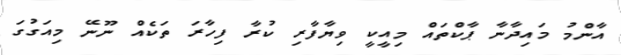
އާންމު މައިދާނާ ޕާކްތައް މިއީކީ ވިޔާފާރި ކުރާ ފިހާރަ ތަކެއް ނޫނޭ މިއަގުގަ